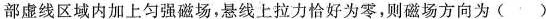
部虚线区域内加上匀强磁场，悬线上拉力恰好为零，则磁场方向为( )